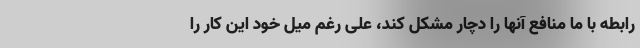
رابطه با ما منافع آنها را دچار مشکل کند، علی رغم میل خود این کار را